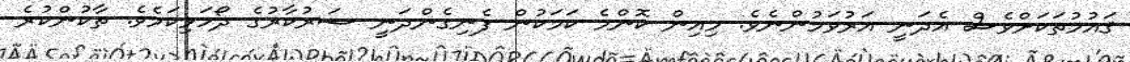
ޤައުމުތަކަށްވެސް އެދަނީ އަރުވަމުންނެވެ. މިއިން ކޮންމެ ކަމަކުން ފެނިގެންދަނީ ސަރުކާރުގެ ދޯހަޅިކަމެވެ. ތާކުންކުރެ